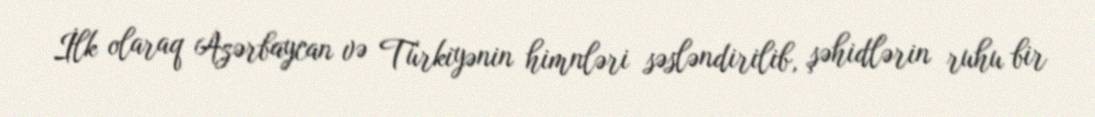
İlk olaraq Azərbaycan və Türkiyənin himnləri səsləndirilib, şəhidlərin ruhu bir